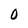
Character: 0